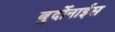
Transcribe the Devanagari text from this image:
बुर्दोनाईस